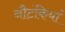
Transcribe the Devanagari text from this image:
नौटंकियां